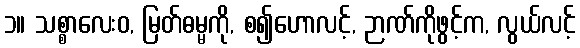
၁။ သစ္စာလေးဝ, မြတ်ဓမ္မကို, စ၍ဟောလင့်, ဉာဏ်ကိုဖွင့်က, လွယ်လင့်